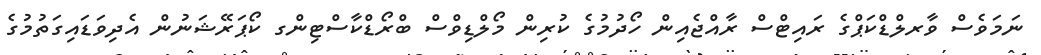
ނަމަވެސް ވާރލްޑްކަޕްގެ ރައިޓްސް ރާއްޖެއިން ހޯދުމުގެ ކުރިން މޯލްޑިވްސް ބްރޯޑްކާސްޓިންގ ކޯޕަރޭޝަނުން އެދިވަޑައިގަތުމުގެ